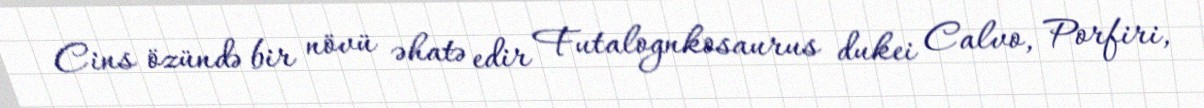
Cins özündə bir növü əhatə edir Futalognkosaurus dukei Calvo, Porfiri,